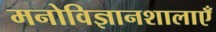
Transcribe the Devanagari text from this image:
मनोविज्ञानशालाएँ